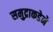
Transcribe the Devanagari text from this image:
समुद्राकडेने